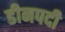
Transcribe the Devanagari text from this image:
डीनपदी